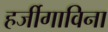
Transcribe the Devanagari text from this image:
हर्जीगाविना